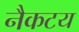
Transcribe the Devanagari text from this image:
नैकटय